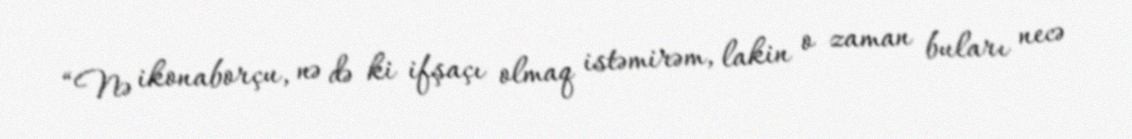
“Nə ikonaborçu, nə də ki ifşaçı olmaq istəmirəm, lakin o zaman buları necə